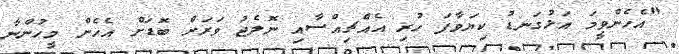
"އެހެންވީމަ އަޅުގަނޑު ކިޔަވާފަ ހުރި އެއްޗިއްސާއި ނޮލެޖު ވަރަށް ބޮޑަށް އެހެން މީހުންނާ